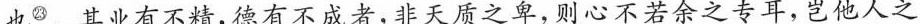
也^{㉓}。其业有不精,德有不成者,非天质之卑,则心不若余之专耳,岂他人之